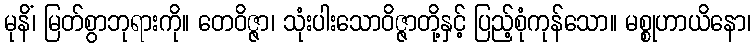
မုနိံ၊ မြတ်စွာဘုရားကို။ တေဝိဇ္ဇာ၊ သုံးပါးသောဝိဇ္ဇာတို့နှင့် ပြည့်စုံကုန်သော။ မစ္စုဟာယိနော၊